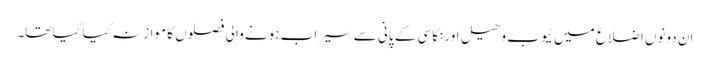
ان دونوں اضلاع میں ٹیوب وھیل اورنکاسی کے پانی سے سیراب ہونے والی فصلوں کا موازنہ کیا گیا تھا۔